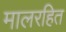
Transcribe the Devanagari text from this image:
मालरहित